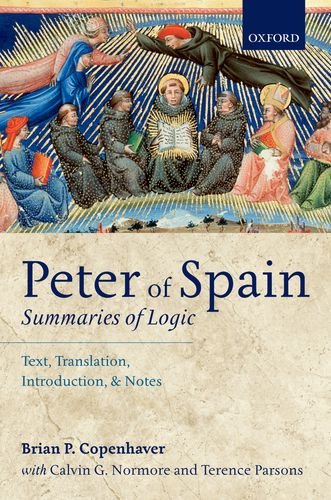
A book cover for Peter of Spain: Summaries of Logic: Text, Translation, Introduction, and Notes; Brian P. Copenhaver; Politics & Social Sciences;